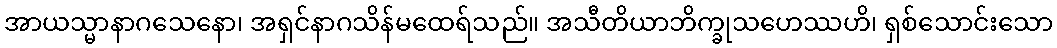
အာယသ္မာနာဂသေနော၊ အရှင်နာဂသိန်မထေရ်သည်။ အသီတိယာဘိက္ခုသဟေဿဟိ၊ ရှစ်သောင်းသော